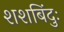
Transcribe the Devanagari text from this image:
शशबिंदुः